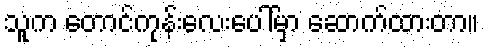
သူက တောင်ကုန်းလေးပေါ်မှာ ဆောက်ထားတာ။